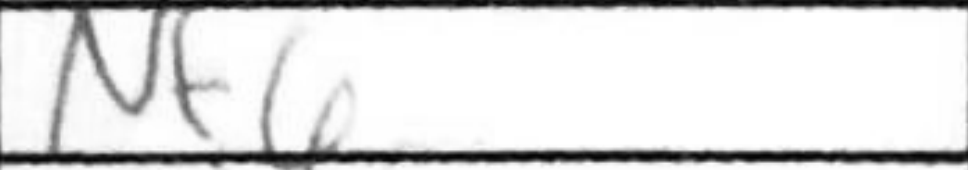
Transcription: Nf6